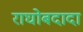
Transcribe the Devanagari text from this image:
राघोबदादा